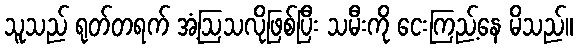
သူသည် ရုတ်တရက် အံ့ဩသလိုဖြစ်ပြီး သမီးကို ငေးကြည့်နေ မိသည်။